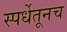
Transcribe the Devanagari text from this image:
स्पर्धेतूनच